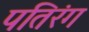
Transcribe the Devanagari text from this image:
पतिरंग